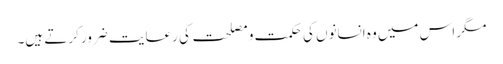
مگر اس میں وہ انسانوں کی حکمت و مصلحت کی رعایت ضرور کرتے ہیں۔